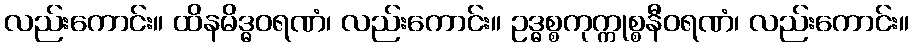
လည်းကောင်း။ ထိနမိဒ္ဓဝရဏံ၊ လည်းကောင်း။ ဥဒ္ဓစ္စကုက္ကုစ္စနီဝရဏံ၊ လည်းကောင်း။